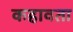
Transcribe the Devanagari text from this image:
कहावता